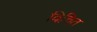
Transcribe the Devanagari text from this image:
विचित